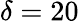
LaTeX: \delta=20